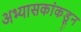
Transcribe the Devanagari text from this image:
अभ्यासकांकडून